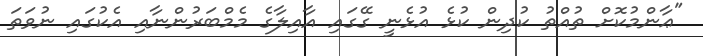
"ޢާންމުކޮށް ތުއްތު ކުދިން ކުޅެ އުޅެނީ ގޭގައި އާއިލާގެ މެމްބަރުންނާއި އެކުގައި ނުވަތަ